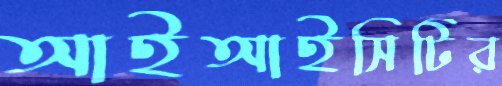
আইআইসিটির